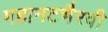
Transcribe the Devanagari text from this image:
महानटभैरवी